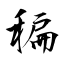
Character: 稨